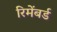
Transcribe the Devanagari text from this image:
रिमेंबर्ड